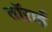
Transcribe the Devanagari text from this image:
तॉऱाई